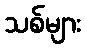
သစ်များ